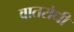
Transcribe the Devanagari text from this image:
वातरोधी